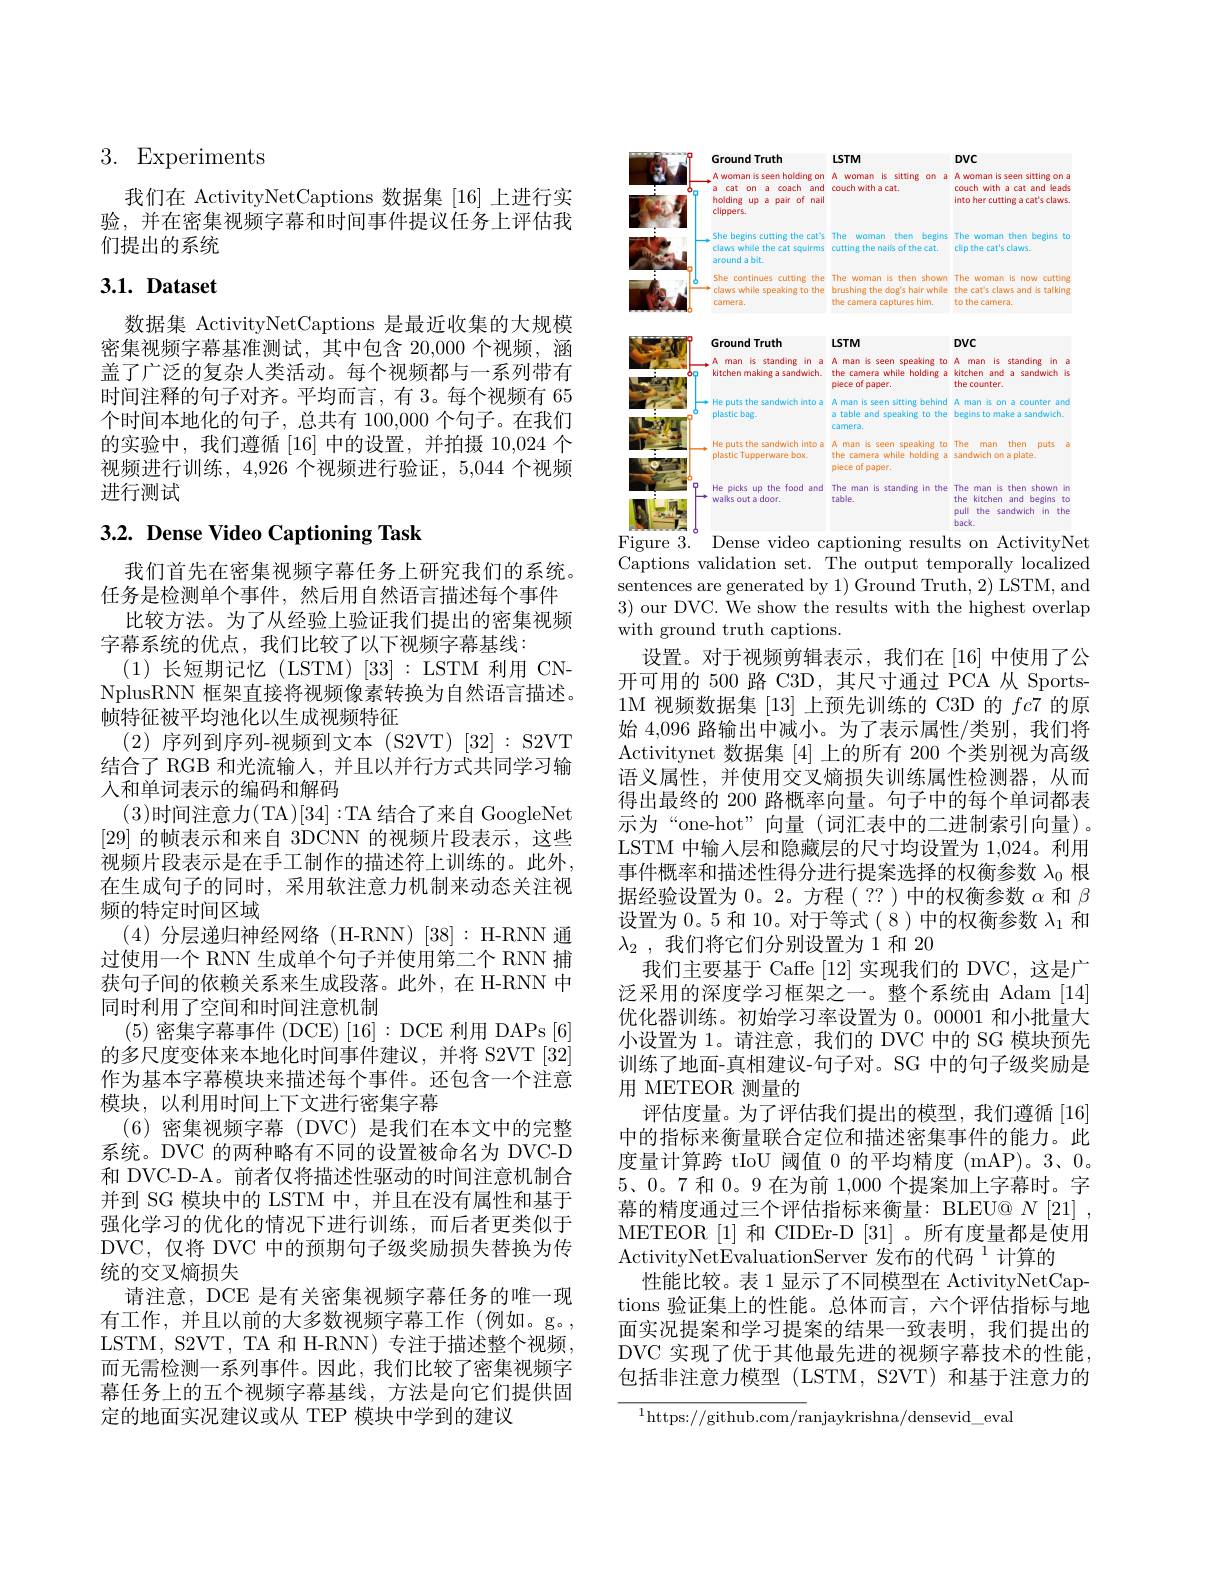
## 3. Experiments

我们在 ActivityNetCaptions 数据集 [16] 上进行实验，并在密集视频字幕和时间事件提议任务上评估我们提出的系统

## $3. 1. \textbf{ Dataset}$

数据集 ActivityNetCaptions 是最近收集的大规模密集视频字幕基准测试，其中包含 20,000 个视频，涵盖了广泛的复杂人类活动。每个视频都与一系列带有时间注释的句子对齐。平均而言，有 3。每个视频有 65个时间本地化的句子，总共有 100,000 个句子。在我们的实验中，我们遵循[16]中的设置，并拍摄 10,024 个视频进行训练，4,926 个视频进行验证，5,044 个视频进行测试

# 3.2. Dense Video Captioning Task

我们首先在密集视频字幕任务上研究我们的系统。任务是检测单个事件，然后用自然语言描述每个事件
比较方法。为了从经验上验证我们提出的密集视频
字幕系统的优点，我们比较了以下视频字幕基线：
(1)长短期记忆(LSTM)[33]:LSTM 利用 CNNplusRNN 框架直接将视频像素转换为自然语言描述。帧特征被平均池化以生成视频特征
(2)序列到序列-视频到文本 (S2VT)[32]:S2VT 结合了 RGB 和光流输入，并且以并行方式共同学习输人和单词表示的编码和解码
(3)时间注意力(TA)[34]:TA 结合了来自 GoogleNet [29]的帧表示和来自 3DCNN 的视频片段表示，这些视频片段表示是在手工制作的描述符上训练的。此外， 在生成句子的同时，采用软注意力机制来动态关注视频的特定时间区域
(4)分层递归神经网络(H-RNN)[38]:H-RNN 通过使用一个 RNN 生成单个句子并使用第二个 RNN 捕获句子间的依赖关系来生成段落。此外，在 H-RNN 中同时利用了空间和时间注意机制
(5)密集字幕事件 (DCE) [16]: DCE 利用 DAPs [6] 的多尺度变体来本地化时间事件建议，并将 S2VT[32] 作为基本字幕模块来描述每个事件。还包含一个注意模块，以利用时间上下文进行密集字幕
(6)密集视频字幕 (DVC)是我们在本文中的完整系统。DVC 的两种略有不同的设置被命名为 DVC-D 和 DVC-D-A。前者仅将描述性驱动的时间注意机制合并到 SG 模块中的 LSTM 中，并且在没有属性和基于强化学习的优化的情况下进行训练，而后者更类似于DVC, 仅将 DVC 中的预期句子级奖励损失替换为传统的交叉熵损失
请注意，DCE 是有关密集视频字幕任务的唯一现有工作，并且以前的大多数视频字幕工作(例如。g。, LSTM, S2VT, TA 和 H-RNN) 专注于描述整个视频， 而无需检测一系列事件。因此，我们比较了密集视频字幕任务上的五个视频字幕基线，方法是向它们提供固定的地面实况建议或从 TEP 模块中学到的建议

<FigureHere>

Figure 3. Dense video captioning results on ActivityNet

Captions validation set. The output temporally localized sentences are generated by 1) Ground Truth, 2) LSTM, and 3) our DVC. We show the results with the highest overlap with ground truth captions.
设置。对于视频剪辑表示，我们在[16]中使用了公开可用的 500 路 C3D,其尺寸通过 PCA 从 Sports- 1M 视频数据集[13]上预先训练的 C3D 的$fc7$的原始 4,096 路输出中减小。为了表示属性/类别，我们将Activitynet 数据集[4]上的所有 200 个类别视为高级语义属性，并使用交叉熵损失训练属性检测器，从而得出最终的 200 路概率向量。句子中的每个单词都表示为“one-hot”向量(词汇表中的二进制索引向量)。LSTM 中输入层和隐藏层的尺寸均设置为 1,024。利用事件概率和描述性得分进行提案选择的权衡参数$\lambda_0$根据经验设置为0。2。方程(??)中的权衡参数$\alpha$和$\beta$ 设置为0。5 和 10。对于等式(8)中的权衡参数$\lambda_1$和$\lambda _2$ ,我们将它们分别设置为1和 20
我们主要基于 Caffe [12]实现我们的 DVC,这是广泛采用的深度学习框架之一。整个系统由 Adam [14] 优化器训练。初始学习率设置为0。00001 和小批量大小设置为 1。请注意，我们的 DVC 中的 SG 模块预先训练了地面-真相建议-句子对。SG 中的句子级奖励是用 METEOR 测量的
评估度量。为了评估我们提出的模型，我们遵循[16] 中的指标来衡量联合定位和描述密集事件的能力。此度量计算跨 tIoU 阈值 0 的平均精度 (mAP)。3、0。5、0。7 和0。9 在为前 1,000 个提案加上字幕时。字幕的精度通过三个评估指标来衡量：BLEU@ $N[ 21]$ , METEOR [1]和 CIDEr-D [31] 。所有度量都是使用ActivityNetEvaluationServer 发布的代码$^{1}$计算的
性能比较。表 1 显示了不同模型在 ActivityNetCaptions 验证集上的性能。总体而言，六个评估指标与地面实况提案和学习提案的结果一致表明，我们提出的DVC 实现了优于其他最先进的视频字幕技术的性能包括非注意力模型(LSTM, S2VT) 和基于注意力的

$^{1}$https://github.com/ranjaykrishna/densevid\_eval